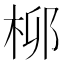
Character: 𬂪